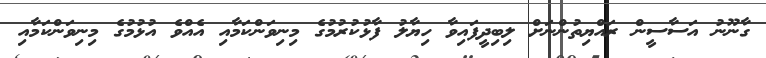
ގާނޫނު އަސާސީން ރައްޔިތުންނަށް ލިބިދީފައިވާ ހިޔާލު ފާޅުކުރުމުގެ މިނިވަންކަމާއި އެއްވެ އުޅުމުގެ މިނިވަންކަމާއި